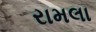
રામલા